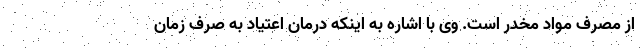
از مصرف مواد مخدر است. وی با اشاره به اینکه درمان اعتیاد به صرف زمان